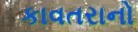
કાવતરાનો